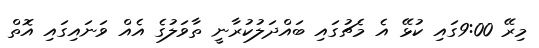
މިރޭ 9:00ގައި ކުޅޭ އެ މެޗުގައި ބައްދަލުކުރާނީ ތާވަލުގެ އެއް ވަނައިގައި އޮތް